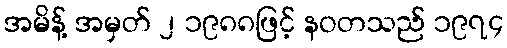
အမိန့် အမှတ် ၂ ၁၉၈၈ဖြင့် နဝတသည် ၁၉၇၄